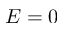
E = 0